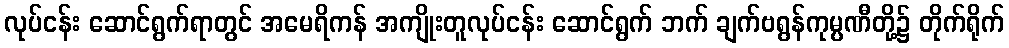
လုပ်ငန်း ဆောင်ရွက်ရာတွင် အမေရိကန် အကျိုးတူလုပ်ငန်း ဆောင်ရွက် ဘက် ချက်ဗရွန်ကုမ္ပဏီတို့၌ တိုက်ရိုက်